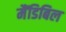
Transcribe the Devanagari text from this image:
मैंडिबिल